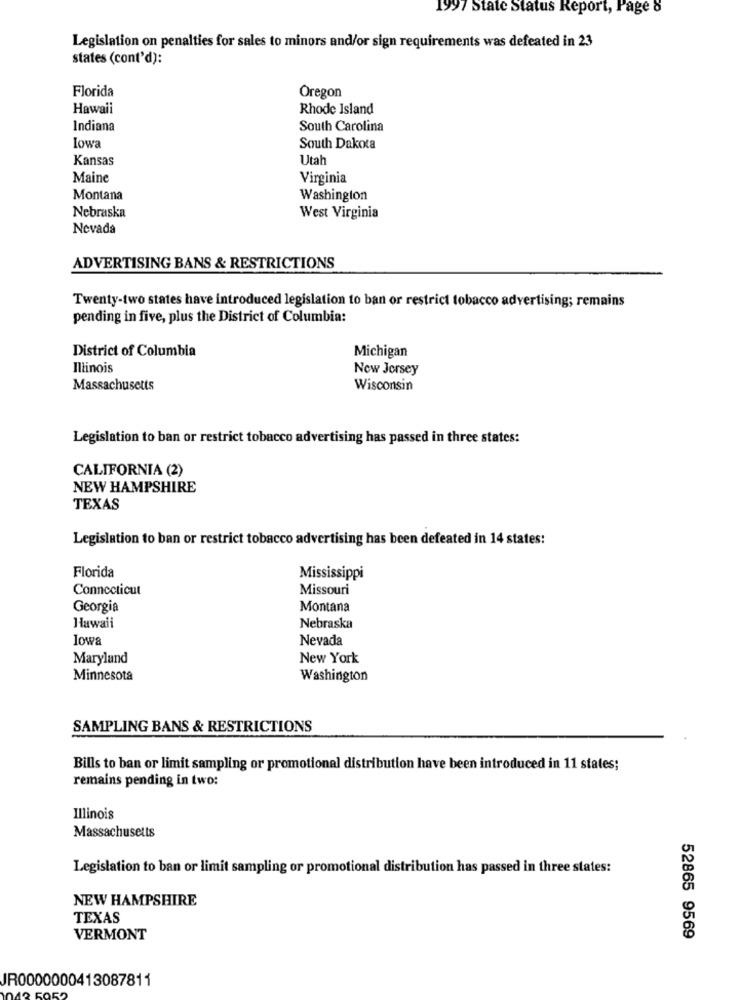
1997 State Status Report, Page o
Legislation on penalties for sales to minors and/or sign requirements was defeated in 23
states (cont'd):
Florida
Oregon
Hawaii
Rhode Island
Indiana
South Carolina
Iowa
South Dakota
Kansas
Utah
Maine
Virginia
Montana
Washington
Nebraska
West Virginia
Nevada
ADVERTISING BANS & RESTRICTIONS
Twenty-two states have introduced legislation to ban or restrict tobacco advertising; remains
pending in five, plus the District of Columbia:
District of Columbia
Michigan
Illinois
New Jersey
Massachusetts
Wisconsin
Legislation to ban or restrict tobacco advertising has passed in three states:
CALIFORNIA (2)
NEW HAMPSHIRE
TEXAS
Legislation to ban or restrict tobacco advertising has been defeated in 14 states:
Florida
Mississippi
Connecticut
Missouri
Georgia
Montana
Hawaii
Nebraska
lowa
Nevada
Maryland
New York
Minnesota
Washington
SAMPLING BANS & RESTRICTIONS
Bills to ban or limit sampling or promotional distribution have been introduced in 11 states;
remains pending in two:
Illinois
Massachusetts
Legislation to ban or limit sampling or promotional distribution has passed in three states:
NEW HAMPSHIRE
TEXAS
VERMONT
52865 9569
IR0000000413087811